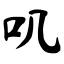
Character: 叽